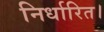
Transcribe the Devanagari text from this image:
निर्धारित।